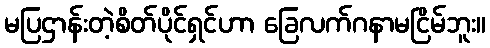
မပြဌာန်းတဲ့စိတ်ပိုင်ရှင်ဟာ ခြေလက်ဂနာမငြိမ်ဘူး။